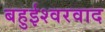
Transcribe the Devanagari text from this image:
बहुईश्वरवाद